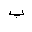
Letter: _ba